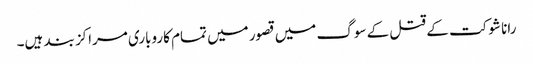
رانا شوکت کے قتل کے سوگ میں قصور میں تمام کاروباری مراکز بند ہیں۔